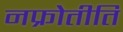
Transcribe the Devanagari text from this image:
नफ्रोेतीति